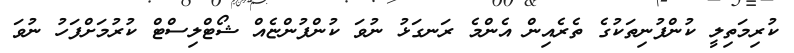
ކުރިމަތިލީ ކުންފުނިތަކުގެ ތެރެއިން އެންމެ ރަނގަޅު ނުވަ ކުންފުންޏެއް ޝޯޓްލިސްޓް ކުރުމަށްފަހު ނުވަ